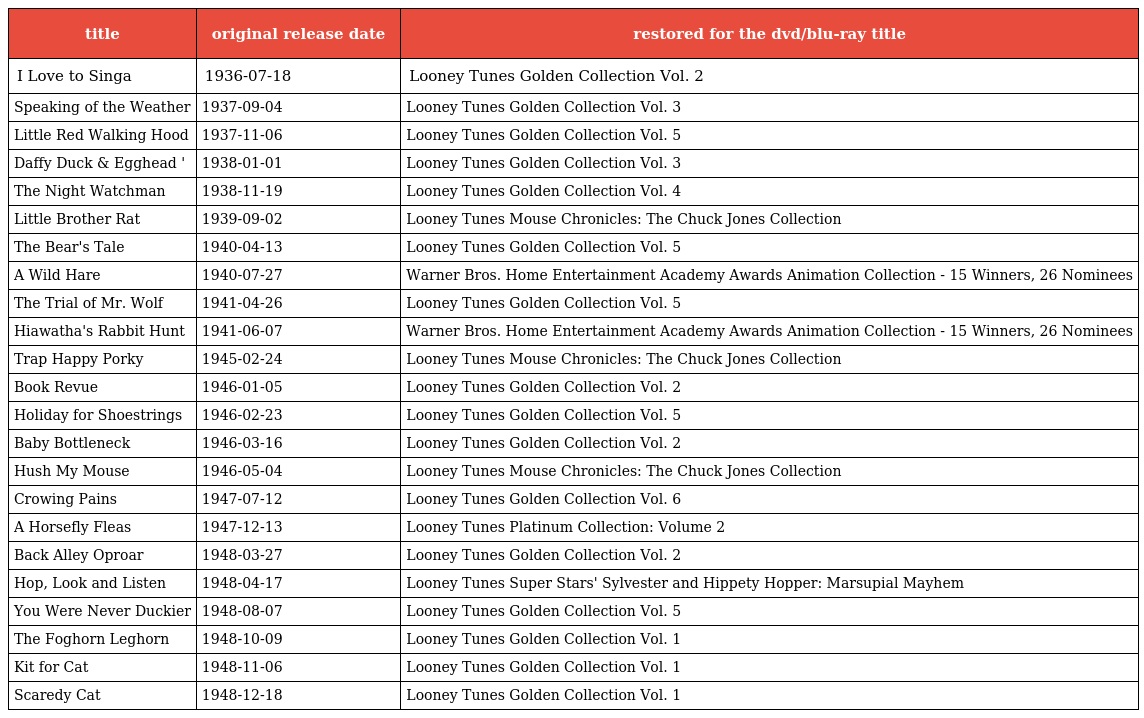
| title | original release date | restored for the dvd/blu-ray title |
 | --- | --- | --- |
 | I Love to Singa | 1936-07-18 | Looney Tunes Golden Collection Vol. 2 |
 | Speaking of the Weather | 1937-09-04 | Looney Tunes Golden Collection Vol. 3 |
 | Little Red Walking Hood | 1937-11-06 | Looney Tunes Golden Collection Vol. 5 |
 | Daffy Duck & Egghead ' | 1938-01-01 | Looney Tunes Golden Collection Vol. 3 |
 | The Night Watchman | 1938-11-19 | Looney Tunes Golden Collection Vol. 4 |
 | Little Brother Rat | 1939-09-02 | Looney Tunes Mouse Chronicles: The Chuck Jones Collection |
 | The Bear's Tale | 1940-04-13 | Looney Tunes Golden Collection Vol. 5 |
 | A Wild Hare | 1940-07-27 | Warner Bros. Home Entertainment Academy Awards Animation Collection - 15 Winners, 26 Nominees |
 | The Trial of Mr. Wolf | 1941-04-26 | Looney Tunes Golden Collection Vol. 5 |
 | Hiawatha's Rabbit Hunt | 1941-06-07 | Warner Bros. Home Entertainment Academy Awards Animation Collection - 15 Winners, 26 Nominees |
 | Trap Happy Porky | 1945-02-24 | Looney Tunes Mouse Chronicles: The Chuck Jones Collection |
 | Book Revue | 1946-01-05 | Looney Tunes Golden Collection Vol. 2 |
 | Holiday for Shoestrings | 1946-02-23 | Looney Tunes Golden Collection Vol. 5 |
 | Baby Bottleneck | 1946-03-16 | Looney Tunes Golden Collection Vol. 2 |
 | Hush My Mouse | 1946-05-04 | Looney Tunes Mouse Chronicles: The Chuck Jones Collection |
 | Crowing Pains | 1947-07-12 | Looney Tunes Golden Collection Vol. 6 |
 | A Horsefly Fleas | 1947-12-13 | Looney Tunes Platinum Collection: Volume 2 |
 | Back Alley Oproar | 1948-03-27 | Looney Tunes Golden Collection Vol. 2 |
 | Hop, Look and Listen | 1948-04-17 | Looney Tunes Super Stars' Sylvester and Hippety Hopper: Marsupial Mayhem |
 | You Were Never Duckier | 1948-08-07 | Looney Tunes Golden Collection Vol. 5 |
 | The Foghorn Leghorn | 1948-10-09 | Looney Tunes Golden Collection Vol. 1 |
 | Kit for Cat | 1948-11-06 | Looney Tunes Golden Collection Vol. 1 |
 | Scaredy Cat | 1948-12-18 | Looney Tunes Golden Collection Vol. 1 |